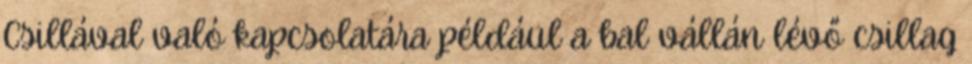
Csillával való kapcsolatára például a bal vállán lévő csillag